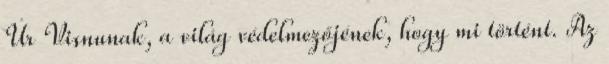
Úr Visnunak, a világ védelmezőjének, hogy mi történt. Az